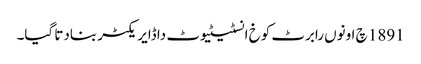
1891 چ اونوں رابرٹ کوخ انسٹیٹیوٹ دا ڈایریکٹر بنادتا گیا۔